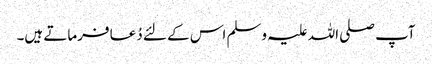
آپ صلی اللہ علیہ وسلم اس کے لئے دُعا فرماتے ہیں۔